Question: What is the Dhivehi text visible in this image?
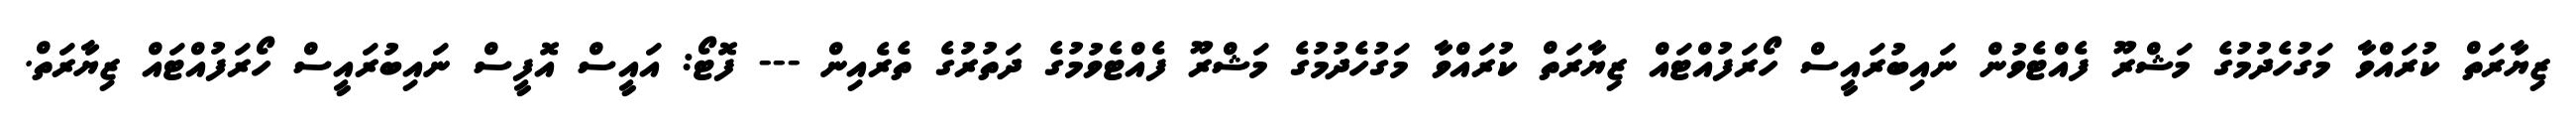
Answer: ޒިޔާރަތް ކުރައްވާ މަގުހެދުމުގެ މަޝްރޫ ފެއްޓެވުން ނައިބުރައީސް ހޯރަފުއްޓައް ޒިޔާރަތް ކުރައްވާ މަގުހެދުމުގެ މަޝްރޫ ފެއްޓެވުމުގެ ދަތުރުގެ ތެރެއިން --- ފޮޓޯ: އައީސް އޮފީސް ނައިބުރައީސް ހޯރަފުއްޓައް ޒިޔާރަތް.